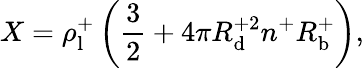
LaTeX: X=\rho_{\mathrm{l}}^{+}\left(\frac{3}{2}+4\pi R_{\mathrm{d}}^{+2}n^{+}R_{\mathrm{b}}^{+}\right),